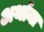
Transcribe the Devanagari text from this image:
अर्थाना